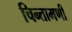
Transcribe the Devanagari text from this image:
चिन्तामणी